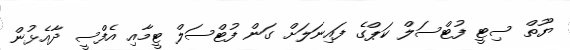
ޔޫތް ސިޓީ ފުޓްސަލް ކަޕްގެ ފައިނަލަށް ގަން ފުޓްސަލް ޓީމާއި އެފްސީ ދާއެޅުން